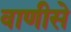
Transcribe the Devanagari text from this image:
वाणीसे